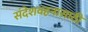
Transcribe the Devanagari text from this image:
संदेशवहनासाठी